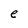
Character: e